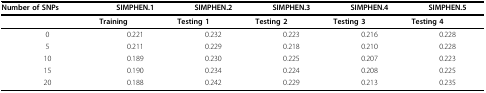
<table><thead><tr><td><b>Number of SNPs</b></td><td><b>SIMPHEN.1</b></td><td><b>SIMPHEN.2</b></td><td><b>SIMPHEN.3</b></td><td><b>SIMPHEN.4</b></td><td><b>SIMPHEN.5</b></td></tr></thead><tbody><tr><td></td><td><b>Training</b></td><td><b>Testing 1</b></td><td><b>Testing 2</b></td><td><b>Testing 3</b></td><td><b>Testing 4</b></td></tr><tr><td>0</td><td>0.221</td><td>0.232</td><td>0.223</td><td>0.216</td><td>0.228</td></tr><tr><td>5</td><td>0.211</td><td>0.229</td><td>0.218</td><td>0.210</td><td>0.228</td></tr><tr><td>10</td><td>0.189</td><td>0.230</td><td>0.225</td><td>0.207</td><td>0.223</td></tr><tr><td>15</td><td>0.190</td><td>0.234</td><td>0.224</td><td>0.208</td><td>0.225</td></tr><tr><td>20</td><td>0.188</td><td>0.242</td><td>0.229</td><td>0.213</td><td>0.235</td></tr></tbody></table>